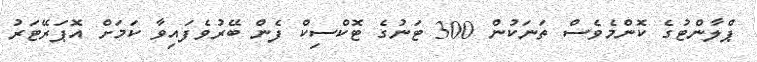
ޕްލާންޓުގެ ކޮންމެވެސް ތަނަކުން 300 ޓަނުގެ ޓޮކްސިކް ފެން ބޭރުވެފައިވާ ކަމަށް އޮޕަރޭޓަރު